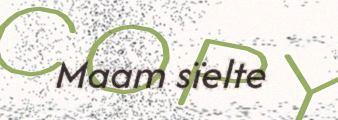
Maam sïelte